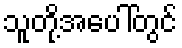
သူတို့အပေါ်တွင်